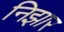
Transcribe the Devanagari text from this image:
निझार